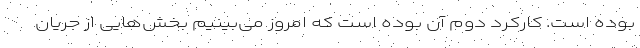
بوده است. کارکرد دوم آن بوده است که امروز می‌بینیم بخش‌هایی از جریان